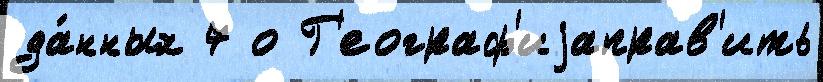
да́нных 7 о Г'еограф'иjаправ'ить